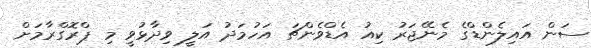
ސަން އައިލެންޑްގެ މެނޭޖަރު ކިއު އެޑްވެންޗަ އަހުމަދު އަލީ ވިދާޅުވީ މި ޕްރޮގްރާމަށް